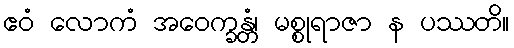
ဧဝံ လောကံ အဝေက္ခန္တံ၊ မစ္စုရာဇာ န ပဿတိ။